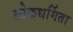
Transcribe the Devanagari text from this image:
लोकधर्मिता